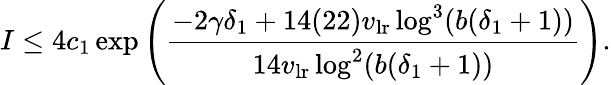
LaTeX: I\leq 4c_{1}\exp\left(\frac{-2\gamma\delta_{1}+14(22)v_{\mathrm{lr}}\log^{3}(b(\delta_{1}+1))}{14v_{\mathrm{lr}}\log^{2}(b(\delta_{1}+1))}\right).